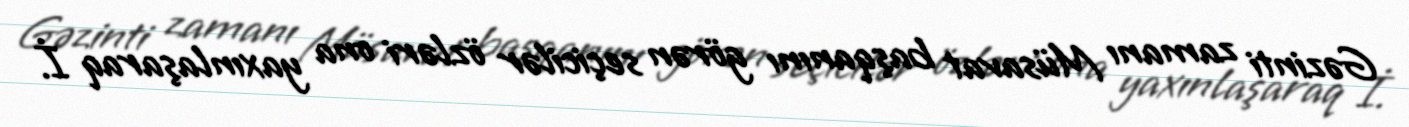
Gəzinti zamanı Müsavat başqanını görən seçicilər özləri ona yaxınlaşaraq İ.